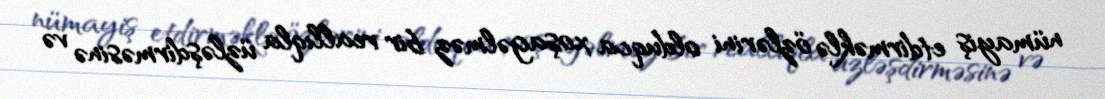
nümayiş etdirməklə özlərini olduqca xoşagəlməz bir reallıqla üzləşdirməsinə və